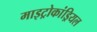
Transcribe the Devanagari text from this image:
माइट्रोकांड्रियल